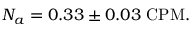
N _ { a } = 0 . 3 3 \pm 0 . 0 3 \, \, \mathrm { C P M } .